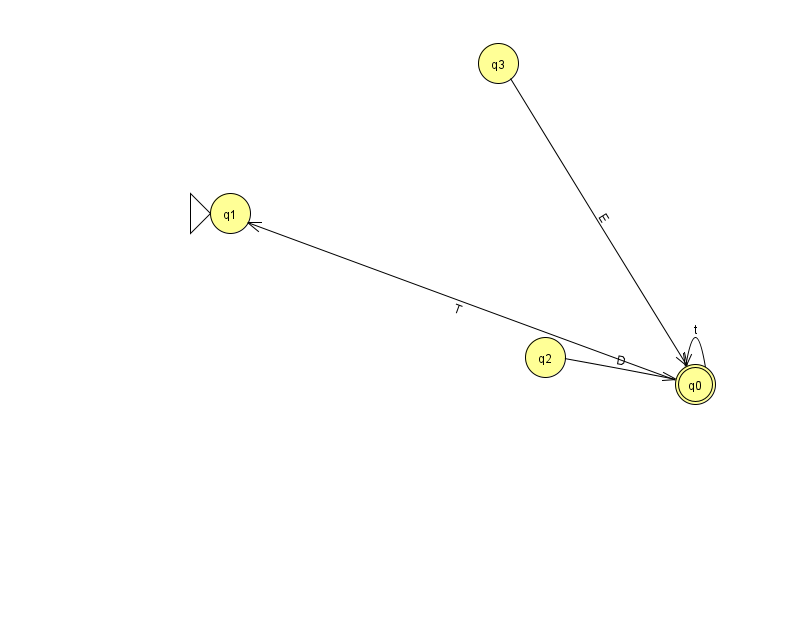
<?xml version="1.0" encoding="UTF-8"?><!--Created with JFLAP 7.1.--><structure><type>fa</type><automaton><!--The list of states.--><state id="0" name="q0"><x>695.0</x><y>371.0</y><final/></state><state id="1" name="q1"><x>230.0</x><y>200.0</y><initial/></state><state id="2" name="q2"><x>545.0</x><y>344.0</y></state><state id="3" name="q3"><x>498.0</x><y>50.0</y></state><!--The list of transitions.--><transition><from>0</from><to>1</to><read>T</read></transition><transition><from>3</from><to>0</to><read>E</read></transition><transition><from>0</from><to>0</to><read>t</read></transition><transition><from>2</from><to>0</to><read>D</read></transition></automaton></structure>